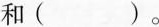
和( )。